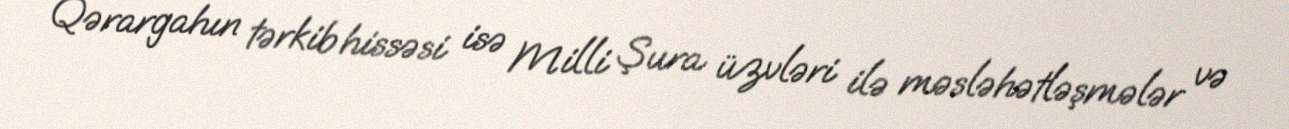
Qərargahın tərkib hissəsi isə Milli Şura üzvləri ilə məsləhətləşmələr və